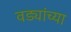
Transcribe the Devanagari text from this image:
वड्यांच्या